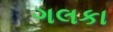
ગલકા